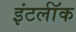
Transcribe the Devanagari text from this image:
इंटर्लॉक